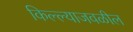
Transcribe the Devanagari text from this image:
किल्ल्याजवळील